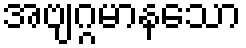
အဗျဂ္ဂမာနသော